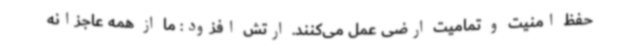
حفظ امنیت و تمامیت ارضی‌ عمل‌ می‌کنند. ارتش افزود: ما از همه عاجزانه